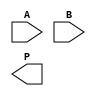
module vedic_multiplier #(parameter N = 4) (
    input  [N-1:0] A,  // First n-bit operand
    input  [N-1:0] B,  // Second n-bit operand
    output reg [2*N-1:0] P  // (n+n)-bit product
);

// Intermediate partial products
wire [N-1:0] pp [0:N-1];  // Partial products

// Generate partial products
genvar i, j;
generate
    for (i = 0; i < N; i = i + 1) begin : partial_product_gen
        for (j = 0; j < N; j = j + 1) begin : pp_gen
            assign pp[i][j] = A[j] & B[i];  // Generate partial product
        end
    end
endgenerate

// Adder tree to sum the partial products
wire [2*N-1:0] sum [0:N-1];  // Sum of partial products
assign sum[0] = {N{1'b0}};  // Initialize first sum to 0

// Add each partial product to the cumulative sum
generate
    for (i = 0; i < N; i = i + 1) begin : adders
        assign sum[i+1] = sum[i] + {pp[i], i'b0};  // Shifted partial product addition
    end
endgenerate

// Final product assignment
always @(*) begin
    P = sum[N];  // The final product is the last sum
end

endmodule